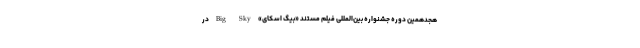
هجدهمین دوره جشنواره بین‌المللی فیلم مستند «بیگ اسکای» Big Sky در